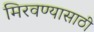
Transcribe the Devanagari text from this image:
मिरवण्यासाठी